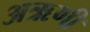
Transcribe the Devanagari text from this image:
अऋणी